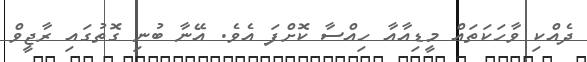
ދެއްކި ވާހަކަތައް މީޑިއާއާ ހިއްސާ ކޮށްފަ އެވެ. އޭނާ ބުނި ގޮތުގައި ރާޖީވް